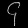
Digit: ၄